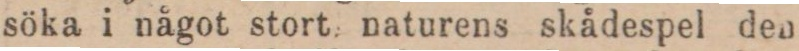
söka i något stort, naturens skådespel den